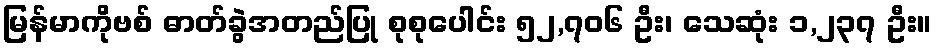
မြန်မာကိုဗစ် ဓာတ်ခွဲအတည်ပြု စုစုပေါင်း ၅၂,၇၀၆ ဦး၊ သေဆုံး ၁,၂၃၇ ဦး။